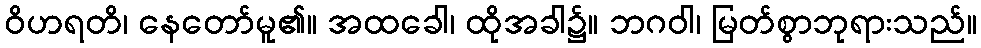
ဝိဟရတိ၊ နေတော်မူ၏။ အထခေါ၊ ထိုအခါ၌။ ဘဂဝါ၊ မြတ်စွာဘုရားသည်။